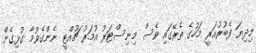
މިދިޔަ ފެބުރުއަރީ މަހުގެ ތެރޭގައި ވެސް މިނިސްޓަރު އުމަރު ޗުއްޓީ ނެންގެވުމާ ގުޅިގެން